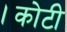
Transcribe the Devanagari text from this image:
।कोटी